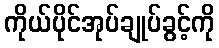
ကိုယ်ပိုင်အုပ်ချုပ်ခွင့်ကို